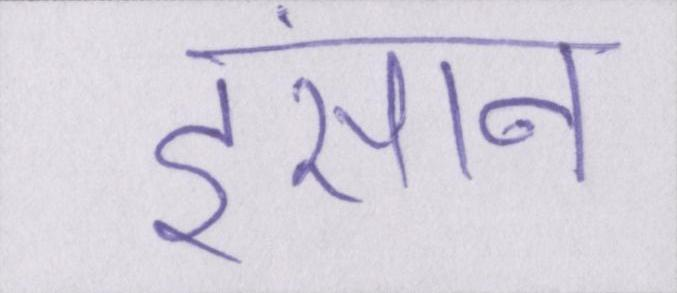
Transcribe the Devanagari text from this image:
इंसान